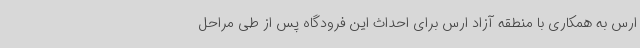
ارس به همکاری با منطقه آزاد ارس برای احداث این فرودگاه پس از طی مراحل